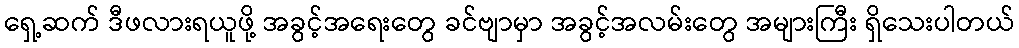
ရှေ့ဆက် ဒီဖလားရယူဖို့ အခွင့်အရေးတွေ ခင်ဗျာမှာ အခွင့်အလမ်းတွေ အများကြီး ရှိသေးပါတယ်